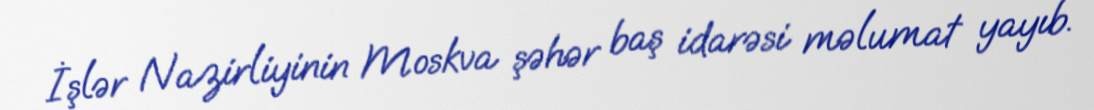
İşlər Nazirliyinin Moskva şəhər baş idarəsi məlumat yayıb.